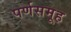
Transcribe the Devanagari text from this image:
पर्णसमूह